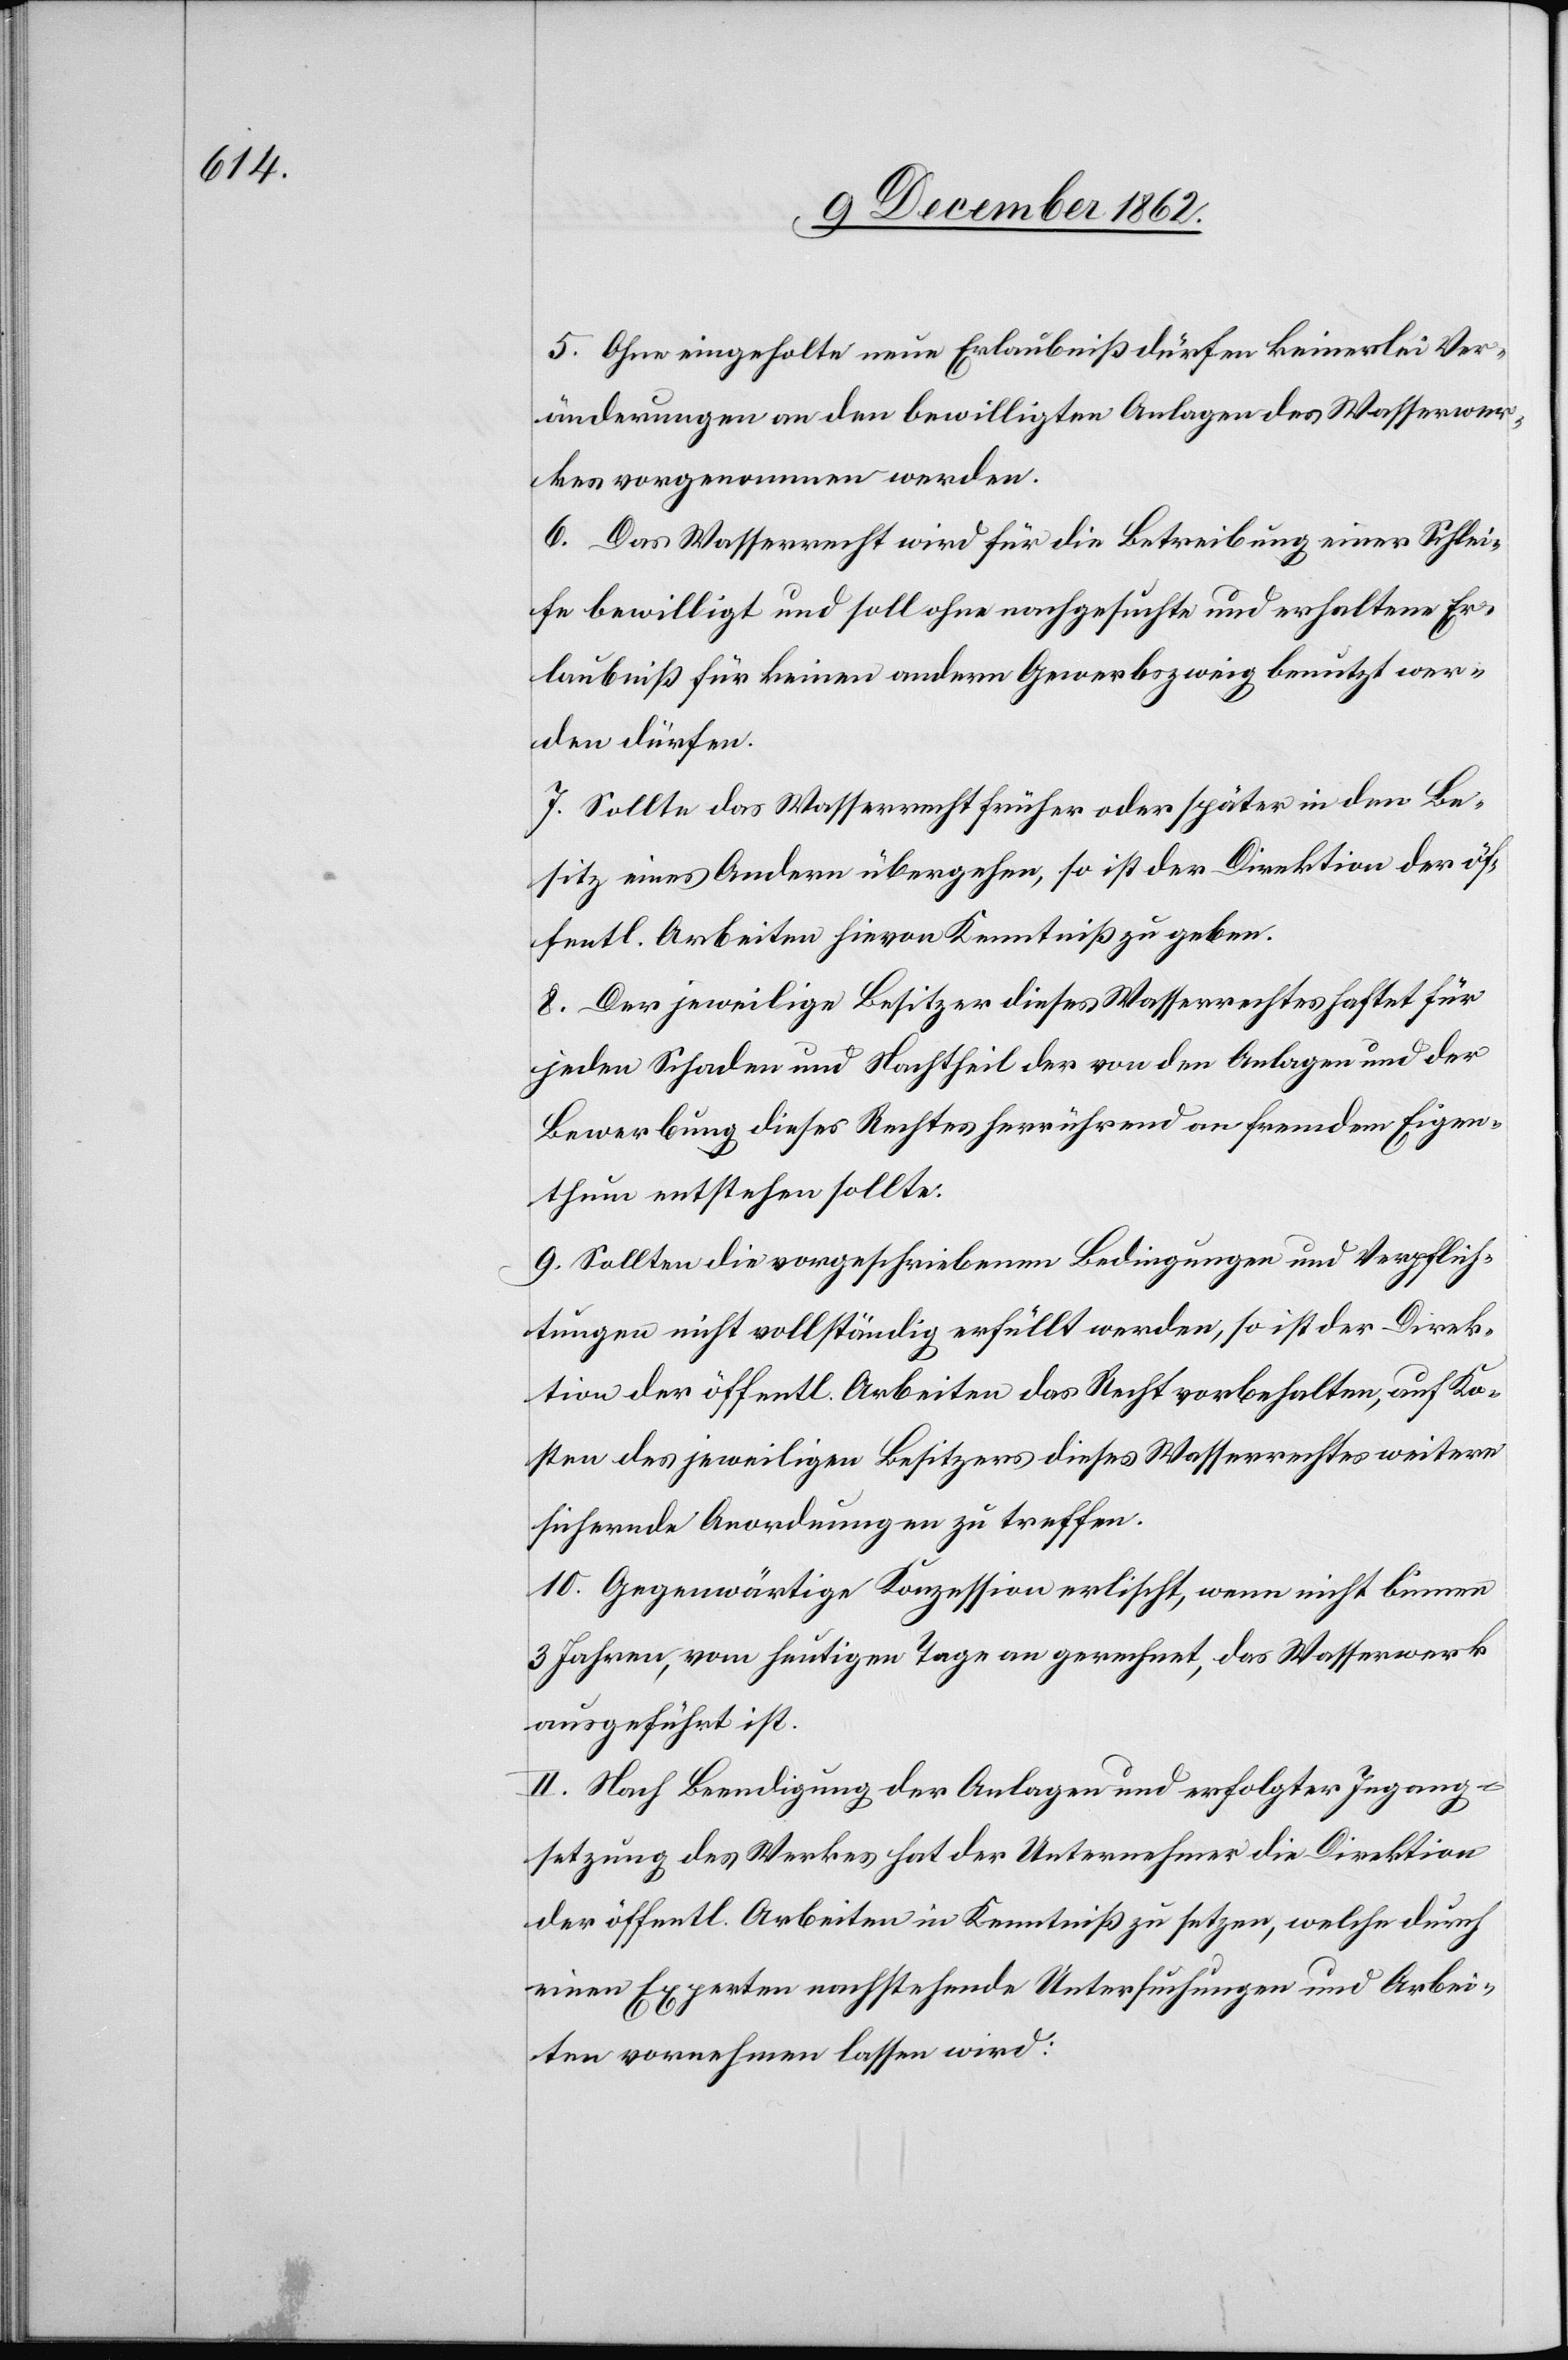
5. Ohne eingeholt neue Erlaubniß dürfen keinerlei Ver¬
änderungen an den bewilligten Anlagen des Wasserwer¬
kes vorgenommen werden.
6. Das Wasserrecht wird für die Betreibung einer Schlei¬
fe bewilligt und soll ohne nachgesuchte und erhaltene Er¬
laubniß für keinen andern Gewerbszweig benutzt wer¬
den dürfen.
7. Sollte das Wasserrecht früher oder später in den Be¬
sitz eines Andern übergehen, so ist der Direktion der öf¬
fentl. Arbeiten hievon Kenntniß zu geben.
8. Der jeweilige Besitzer dieses Wasserrechtes haftet für
jeden Schaden und Nachtheil der von den Anlagen und der
Bewerbung dieses Rechtes herrührend an fremdem Eigen¬
thum entstehen sollte.
9. Sollten die vorgeschriebenen Bedingungen und Verpflich¬
tungen nicht vollständig erfüllt werden, so ist der Direk¬
tion der öffentl. Arbeiten das Recht vorbehalten, auf Ko¬
sten des jeweiligen Besitzers dieses Wasserrechtes weitere
sichernde Anordnungen zu treffen.
10. Gegenwärtige Konzession erlischt, wenn nicht binnen
3 Jahren, vom heutigen Tage an gerechnet, das Wasserwerk
ausgeführt ist.
II. Nach Beendigung der Anlagen und erfolgter Ingang¬
setzung des Werkes hat der Unternehmer die Direktion
der öffentl. Arbeiten in Kenntniß zu setzen, welche durch
einen Experten nachstehende Untersuchungen und Arbei¬
ten vornehmen lassen wird: